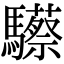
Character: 𩧇